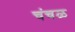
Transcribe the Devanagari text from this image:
चंचळ